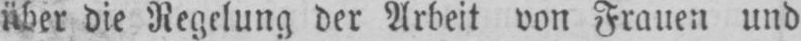
über die Regelung der Arbeit von Frauen und